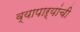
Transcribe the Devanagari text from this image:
व्यापाऱ्यांची